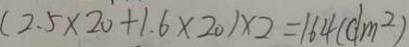
( 2 . 5 \times 2 0 + 1 . 6 \times 2 0 ) \times 2 = 1 6 4 ( d m ^ { 2 } )